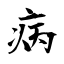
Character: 病